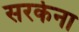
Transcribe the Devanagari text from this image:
सरकेना